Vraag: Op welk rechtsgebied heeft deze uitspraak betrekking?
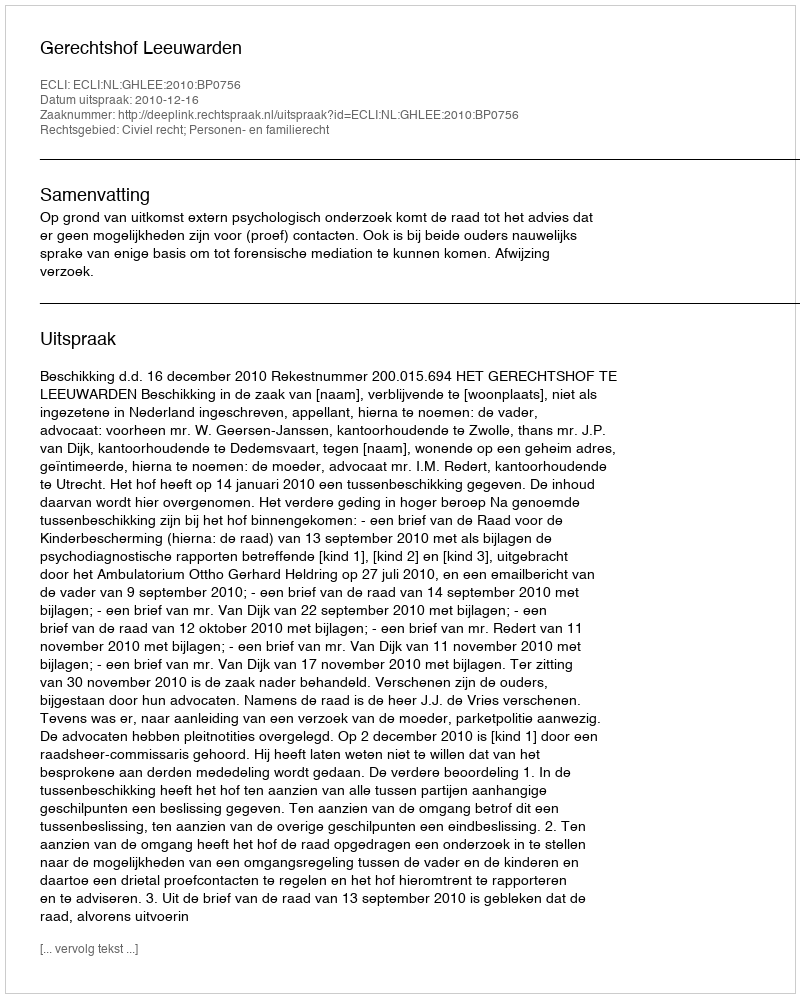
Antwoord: Civiel recht; Personen- en familierecht